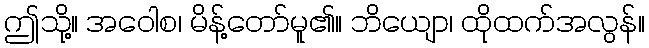
ဤသို့။ အဝေါစ၊ မိန့်တော်မူ၏။ ဘိယျော၊ ထိုထက်အလွန်။